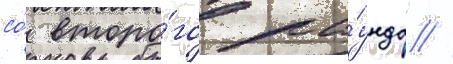
со́ второ́го ра́унда //